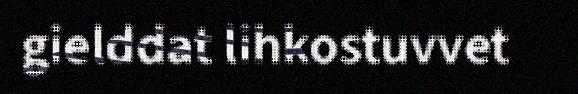
gielddat lihkostuvvet